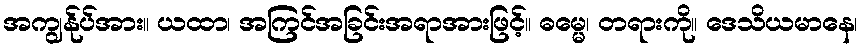
အကျွန်ုပ်အား။ ယထာ၊ အကြင်အခြင်းအရာအားဖြင့်။ ဓမ္မေ၊ တရားကို။ ဒေသိယမာနေ၊